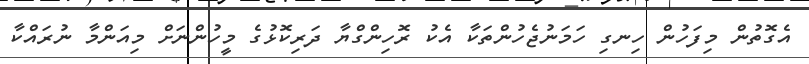
އެގޮތުން މިފަހުން ހިނގި ހަމަނުޖެހުންތަކާ އެކު ރޮހިންގްޔާ ދަރިކޮޅުގެ މީހުންނަށް މިއަންމާ ނުރައްކާ